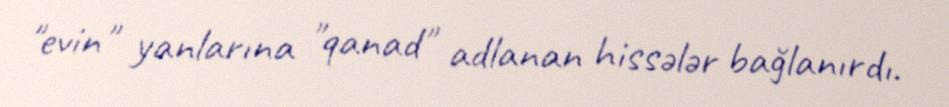
"evin" yanlarına "qanad" adlanan hissələr bağlanırdı.